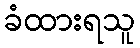
ခံထားရသူ